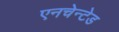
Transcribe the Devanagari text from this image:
एनचेन्टेड